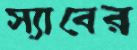
স্যাবের